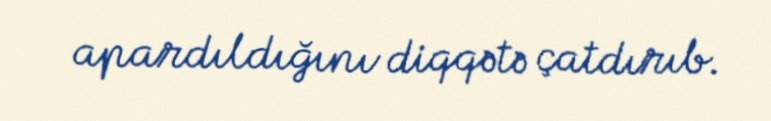
apardıldığını diqqətə çatdırıb.